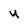
Character: Y